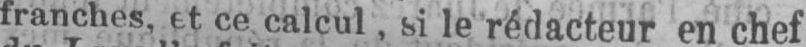
franches et ce calcul, si le rédacteur en chef